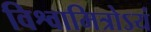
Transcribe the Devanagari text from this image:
विश्वामित्रोऽयं